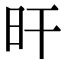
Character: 旰